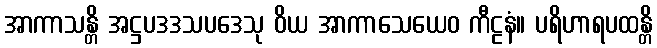
အာကာသန္တိ အဋ္ဌပဒဒသပဒေသု ဝိယ အာကာသေယေဝ ကီဠနံ။ ပရိဟာရပထန္တိ